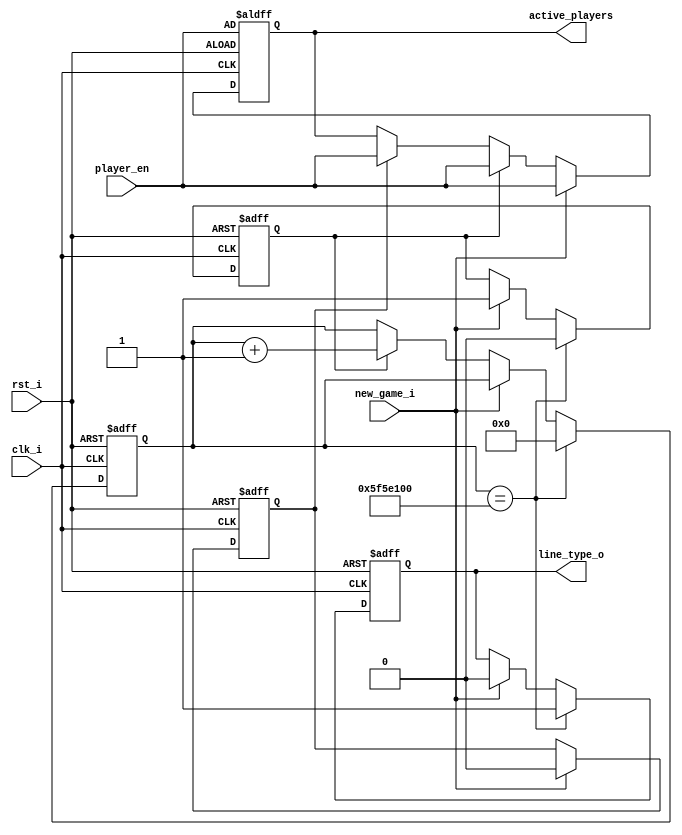
`timescale 1ns / 1ps
//////////////////////////////////////////////////////////////////////////////////
// Company: 
// Engineer: 
// 
// Design Name: 
// Module Name: start_game
// Project Name: 
// Target Devices: 
// Tool Versions: 
// Description: 
// 
// Dependencies: 
// 
// Revision:
// Revision 0.01 - File Created
// Additional Comments:
// 
//////////////////////////////////////////////////////////////////////////////////


module start_game
    #(parameter WaitStart = 1000) (
    input clk_i,
    input rst_i,
    input new_game_i,
    input [3:0] player_en,
    output reg line_type_o,
    output reg [3:0] active_players
    );
    
    reg clk_start; // btn_start;
    reg start_wait;
    reg[31:0] wait_count;
    reg waiting_room;
    
    //TODO: if we do not want game to automatically restart, need to add debouncer and 1-bit counter
    
    always @(posedge clk_i or negedge rst_i) begin
        if (rst_i == 1'b0) begin
            waiting_room = 1'b1;  // reset has been pressed
            line_type_o <= 1'b0;
            wait_count <= 32'b0;
            start_wait <= 1'b0;
            active_players <= player_en;
        end else begin
            // need to add condition where nothing is happening
            // should be able to enable/disable players after reset
            if (waiting_room == 1'b1) begin
                active_players <= player_en;
            end
            if (new_game_i == 1'b1) begin
                waiting_room = 1'b0;  // exit waiting room
                start_wait <= 1'b1;
                line_type_o <= 1'b0;
                active_players <= player_en;
            end else if (start_wait == 1'b1) begin  // countdown period
                wait_count <= wait_count + 1'b1;
                active_players <= player_en;  // can still add/remove players before game start
            end if (wait_count == WaitStart * 100000) begin
                line_type_o <= 1'b1;
                wait_count <= 32'b0;
                start_wait <= 1'b0;
            end
        end
    end // always
endmodule